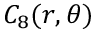
C _ { 8 } ( r , \theta )